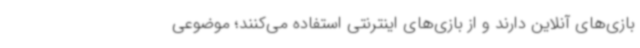
بازی‌های آنلاین دارند و از بازی‌های اینترنتی استفاده می‌کنند؛ موضوعی